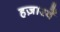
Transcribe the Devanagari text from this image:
हज़ारवें